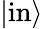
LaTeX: |{\mathrm{in}}\rangle